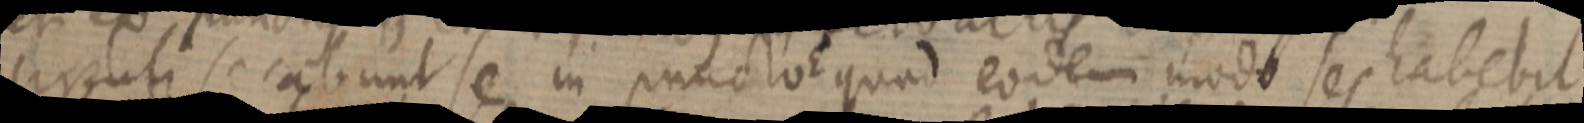
circuli se cabunt se in puncto quod eodem modo ses habebit